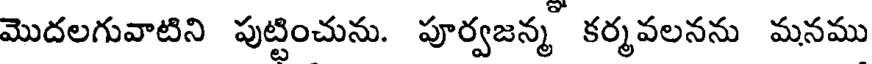
మొదలగువాటిని పుట్టించును. పూర్వజన్మ కర్మవలనను మనము